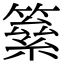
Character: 𥳮